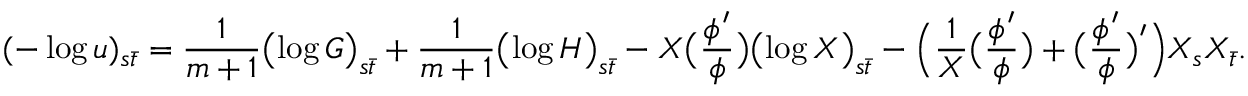
( - \log u ) _ { s \bar { t } } = \frac { 1 } { m + 1 } \bigl ( \log G \bigr ) _ { s \bar { t } } + \frac { 1 } { m + 1 } \bigl ( \log H \bigr ) _ { s \bar { t } } - X \bigl ( \frac { \phi ^ { \prime } } { \phi } \bigr ) \bigl ( \log X \bigr ) _ { s \bar { t } } - \Bigl ( \frac { 1 } { X } \bigl ( \frac { \phi ^ { \prime } } { \phi } \bigr ) + \bigl ( \frac { \phi ^ { \prime } } { \phi } \bigr ) ^ { \prime } \Bigr ) X _ { s } X _ { \bar { t } } .